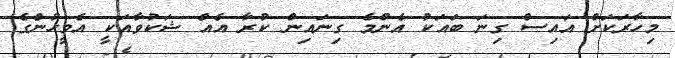
މިހާރަކަށް އައިސް ގިނަ ބައަކު އެންމެ ގިނައިން ކުރާ އެއް ޝަކުވާއަކީ އެމީހުންގެ